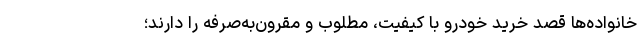
خانواده‌ها قصد خرید خودرو با کیفیت، مطلوب و مقرون‌به‌صرفه را دارند؛